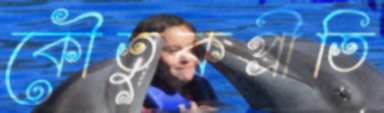
কৌতুকপ্রীতি